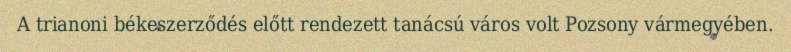
A trianoni békeszerződés előtt rendezett tanácsú város volt Pozsony vármegyében.